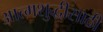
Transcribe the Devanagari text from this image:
आत्मशुद्धीसाठी